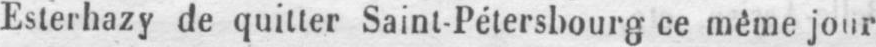
jour